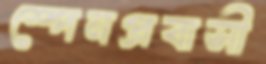
স্পেনপ্রবাসী